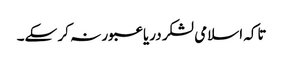
تاکہ اسلامی لشکر دریا عبور نہ کر سکے۔